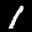
Label: 1